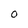
Character: O